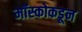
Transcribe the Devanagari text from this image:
मॉस्कोकडून